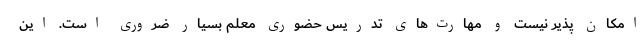
امکان پذیر نیست و مهارت‌های تدریس حضوری معلم بسیار ضروری است. این